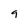
Character: 9